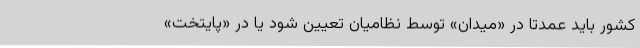
کشور باید عمدتاً در‌ «میدان» توسط نظامیان تعیین شود یا در «پایتخت»